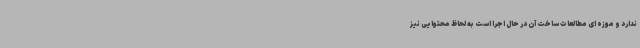
ندارد و موزه ای مطالعات ساخت آن در حال اجرا است به لحاظ محتوایی نیز